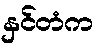
နှင်တံက